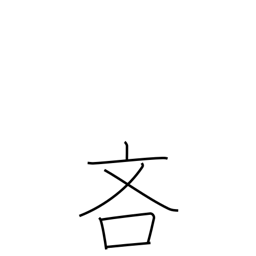
Meaning: sparing